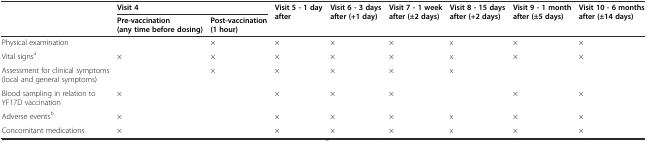
|  | <COLSPAN=2> Visit 4 | <ROWSPAN=2> Visit 5 - 1 day after | <ROWSPAN=2> Visit 6 - 3 days after (+1 day) | <ROWSPAN=2> Visit 7 - 1 week after (±2 days) | <ROWSPAN=2> Visit 8 - 15 days after (+2 days) | <ROWSPAN=2> Visit 9 - 1 month after (±5 days) | <ROWSPAN=2> Visit 10 - 6 months after (±14 days) |
 |  | Pre-vaccination (any time before dosing) | Post-vaccination (1 hour) |
 | --- | --- | --- | --- | --- | --- | --- | --- | --- |
 | Physical examination |  | × | × | × | × | x | × | × |
 | Vital signsa | × | × | × | × | × | x | × | × |
 | Assessment for clinical symptoms (local and general symptoms) |  | × | × | × | × | x |  |  |
 | Blood sampling in relation to YF17D vaccination | × |  | × | × | × |  | × | × |
 | Adverse eventsb | × |  | × | × | × | x | × | × |
 | Concomitant medications | × |  | × | × | × | x | × | × |